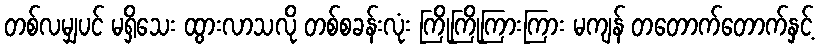
တစ်လမျှပင် မရှိသေး ထွားလာသလို တစ်စခန်းလုံး ကြိုကြိုကြားကြား မကျန် တတောက်တောက်နှင့်